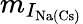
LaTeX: m_{I_{\mathrm{Na(Cs)}}}